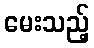
မေးသည့်